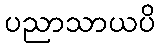
ပညာသာယပိ